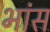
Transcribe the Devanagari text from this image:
भांस